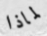
لماذا